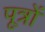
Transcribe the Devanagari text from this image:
पूत्रों